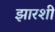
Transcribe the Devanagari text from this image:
झारशी